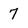
Character: 7